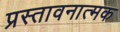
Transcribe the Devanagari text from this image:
प्रस्तावनात्मक